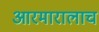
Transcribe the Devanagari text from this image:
आरमारालाच